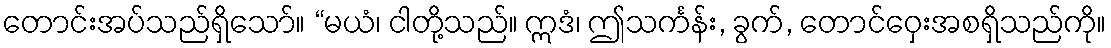
တောင်းအပ်သည်ရှိသော်။ “မယံ၊ ငါတို့သည်။ ဣဒံ၊ ဤသင်္ကန်း, ခွက်, တောင်ဝှေးအစရှိသည်ကို။